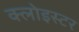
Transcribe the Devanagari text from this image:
क्लोइस्टर